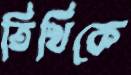
তিথিকে